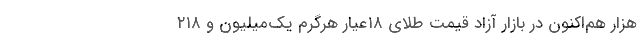
هزار هم‌اکنون در بازار آزاد قیمت طلای ۱۸عیار هرگرم یک‌میلیون و ۲۱۸